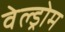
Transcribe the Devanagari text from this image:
वेल्ड्रोम